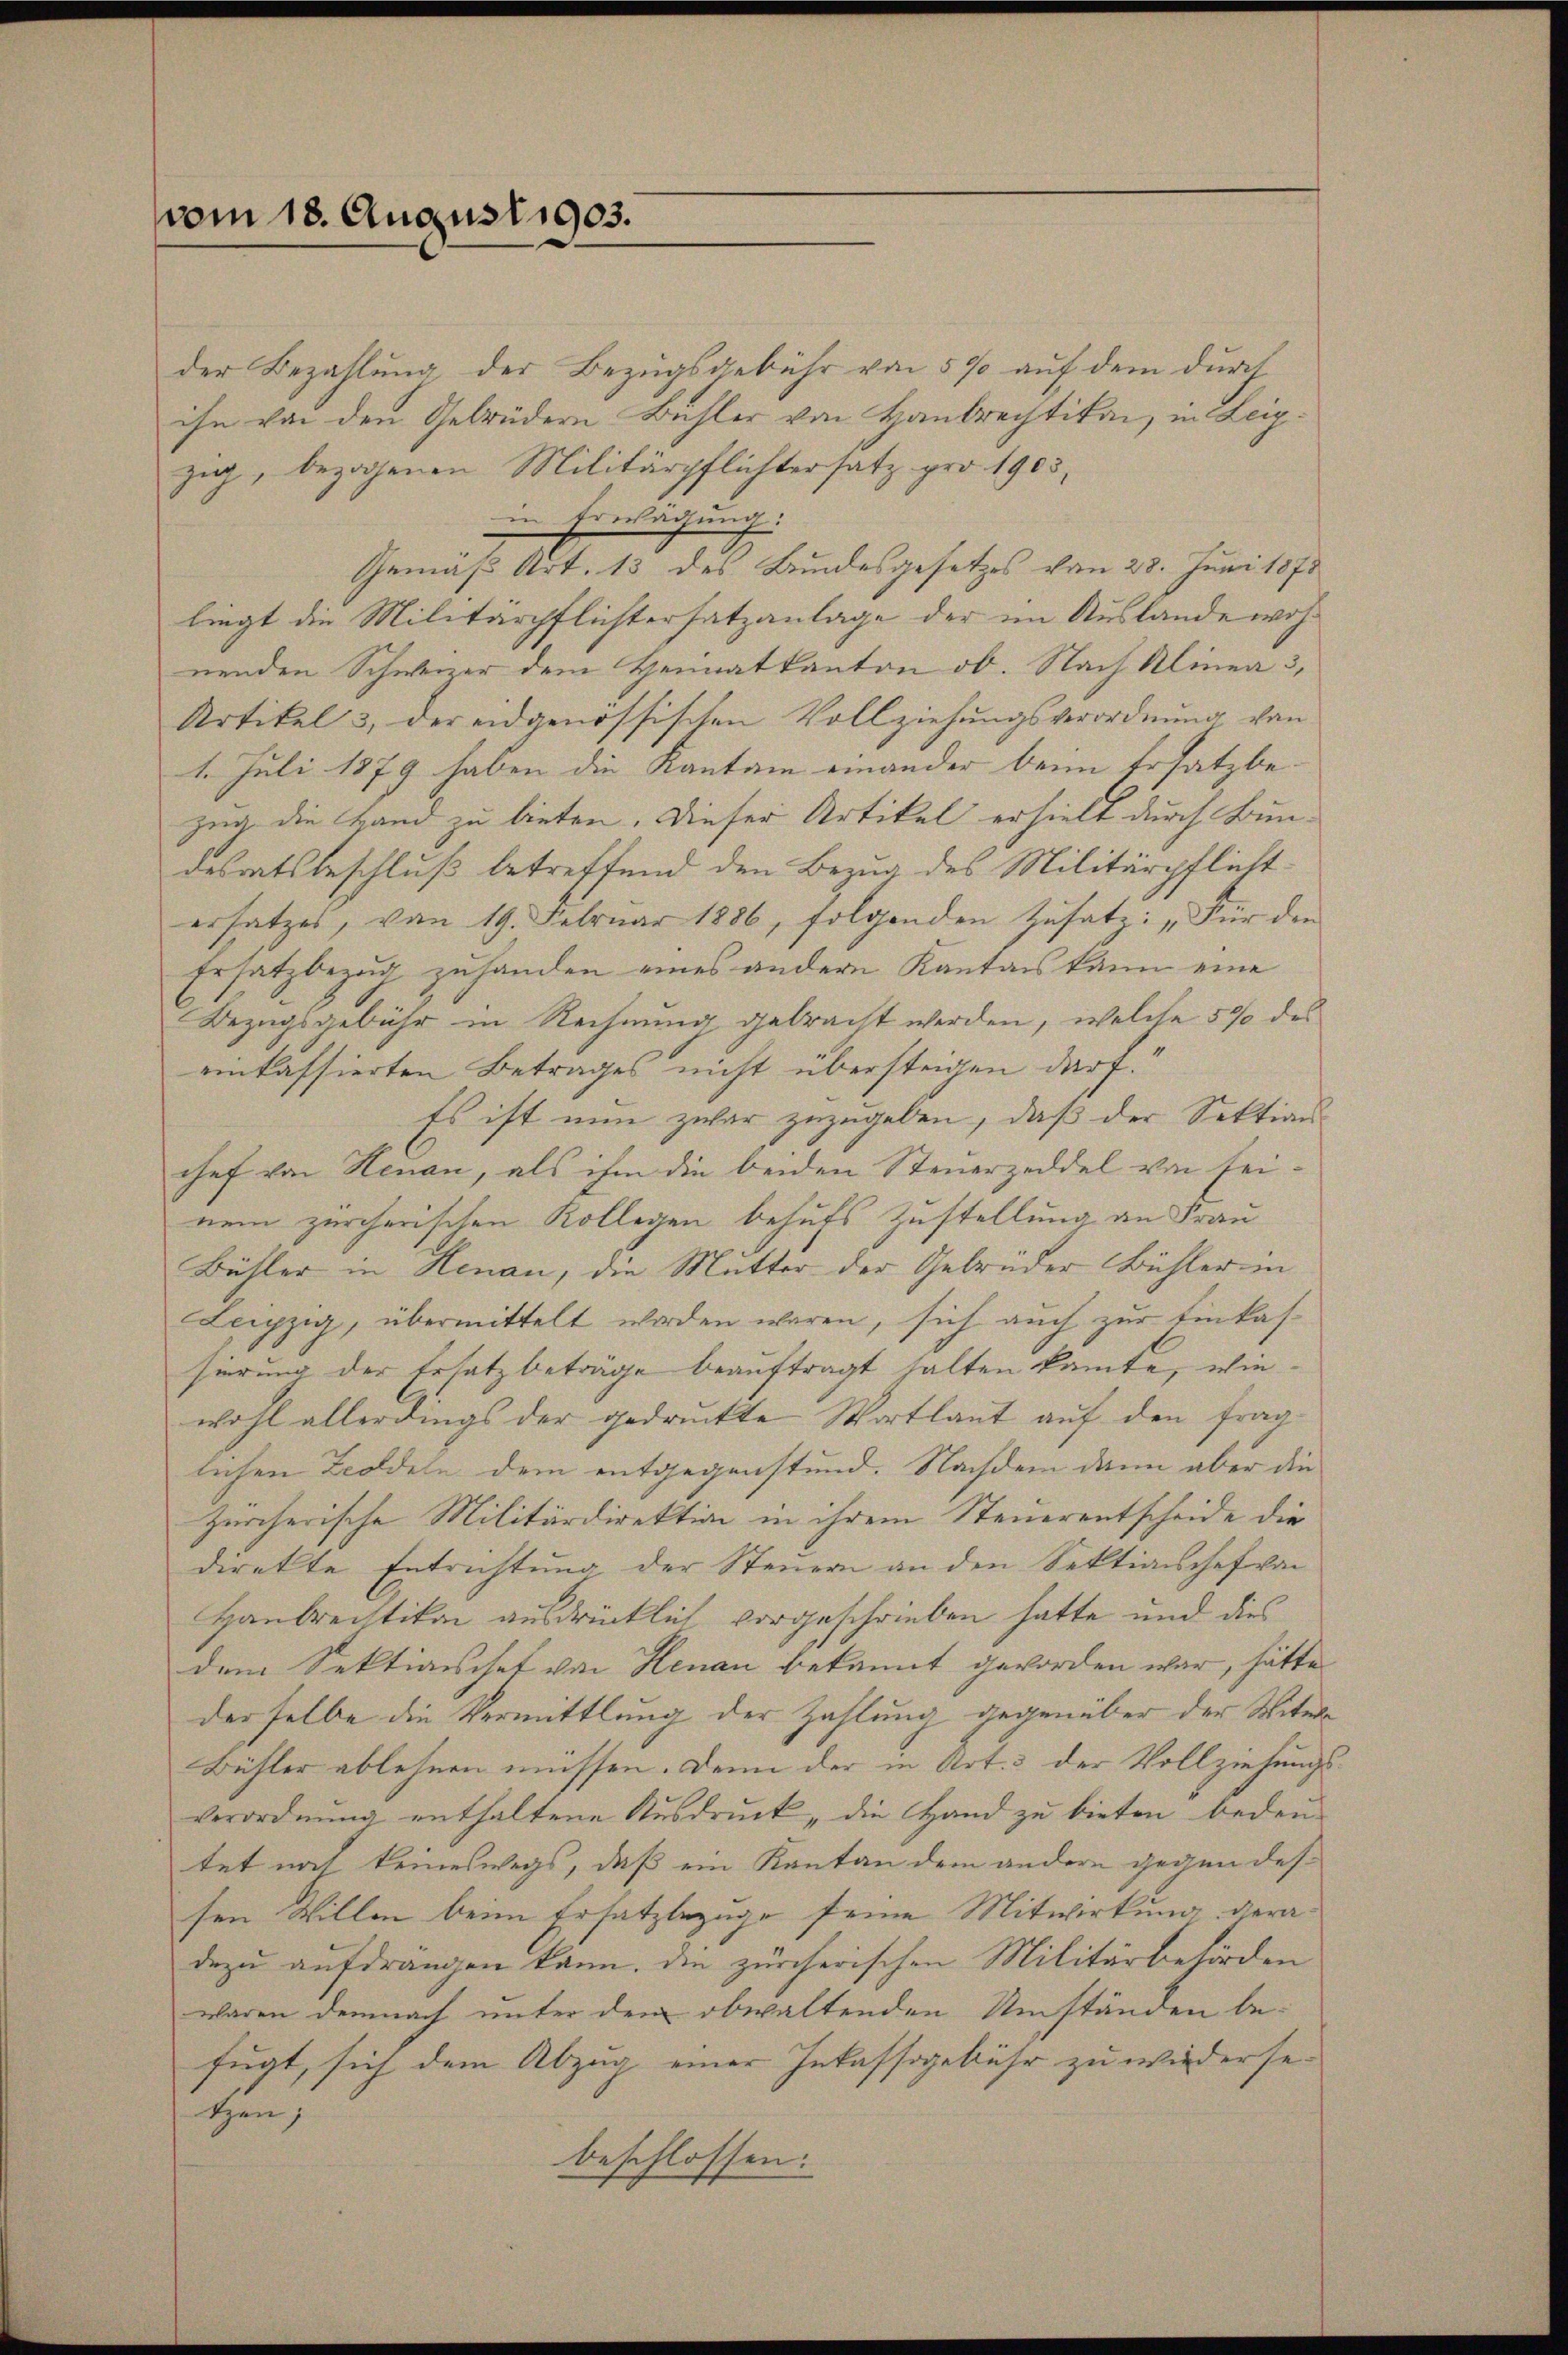
vom 18. August 1903.

der Bezahlung der Bezugsgebühr von 5% auf dem durch
ihn von den Gebrüdern Bühler von Haubrechtikon, in Leipzig, bezogenen Militärpflichtersatz pro 1903,
 Erwägung.
Gemäß Art. 13 des Bundesgesetzes von 23. Juni 1873
liegt die Militärpflichtersatzanlage der im Auslande wohnenden Schweizer dem Heimatkanton ob. Nach Alinea 3,
Artikel 3, der eidgenössischen Vollziehungsverordnung von
1. Juli 1879 haben die Kanton einander beim Ersatzbe-
zug die Hand zu bieten. Dieser Artikel erhielt durch Bundesratsbeschluß betreffend den Bezug des Militärpflichtersatzes, von 19. Februar 1886, folgenden Zusatz: „Für den
Ersatzbezug zuhanden eines andern Kanton kann eine
Bezugsgebühr in Rechnung gebracht werden, welche 5% des
einkassierten Betrages nicht übersteigen darf.
Es ist nun zwar zuzugeben, daß der Sektion
chef von Neuan, als ihm die beiden Steuerzeddel von seinem zürcherischen Kollegen behufs Zustellung an Frau
Bühler in Henau, die Mutter der Gebrüder Bühler in
Leipzig, übermittelt worden waren, sich auch zur Einkassierung der Ersatz beträge beauftragt halten kannte, wiewohl allerdings der gedruckte Wortlaut auf den fraglichen Zeddeln dem entgegenstund. Nachdem dann aber die
zürcherische Militärdirektion in ihrem Steuerentscheide die
direkte Entrichtung der Steuern an den Sektionschef von
Haubrechtikon ausdrücklich vorgeschrieben hatte und dies
dem Sektionschet von Henau bekannt geworden war, hätte
derselbe die Vermittlung der Zahlung gegenüber der Witw
Bühler ablehnen müssen. Denn der in Art. 3 der Vollziehungsverordnung enthaltene Ausdruck, die Hand zu bieten bedeu-
tet noch keineswegs, daß ein Kanton dem andern gegen dessen Willen beim Ersatzbezuge seine Mitwirkung deradazu aufdrängen kann. Die zürcherischen Militärbehörden
waren demnach unter dem obwaltenden Umständen be-
fügt, sich dem Abzug einer Inkassgebühr zu wiederse
ten,
beschlossen: